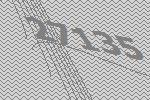
27135